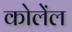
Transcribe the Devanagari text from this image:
कोलेंल